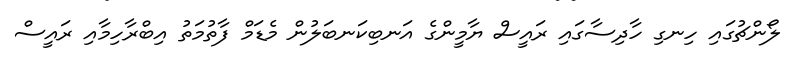
ލޯންޗުގައި ހިނގި ހާދިސާގައި ރައީސް ޔާމީންގެ އަނބިކަނބަލުން މެޑަމް ފާތުމަތު އިބްރާހިމާއި ރައީސް